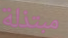
مبتذلة